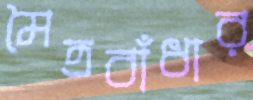
মৈত্রবাঁধার